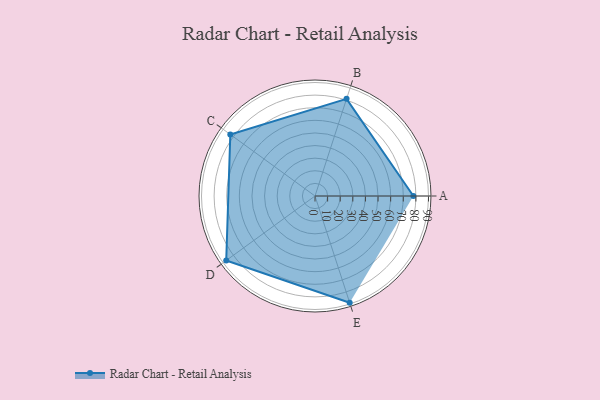
{"axis": {"x": "Skill", "y": "Score"}, "legend": ["Profile"], "data": [{"x": "A", "y": 78.0, "type": "Profile"}, {"x": "B", "y": 81.0, "type": "Profile"}, {"x": "C", "y": 83.0, "type": "Profile"}, {"x": "D", "y": 87.0, "type": "Profile"}, {"x": "E", "y": 89.0, "type": "Profile"}]}